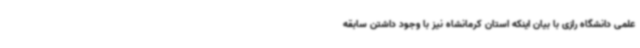
علمی دانشگاه رازی با بیان اینکه استان کرمانشاه نیز با وجود داشتن سابقه